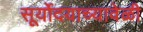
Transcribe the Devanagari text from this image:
सूर्योदयाच्यावेळी